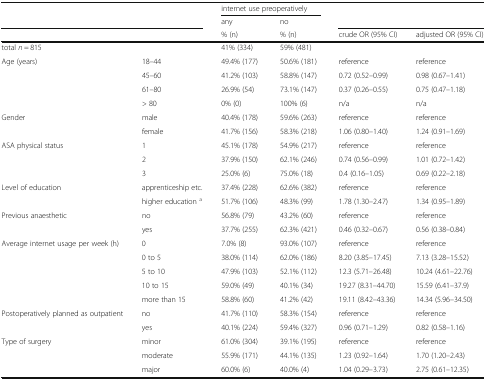
<table><thead><tr><td rowspan="2" colspan="2"></td><td colspan="2"><b>internet use preoperatively</b></td><td rowspan="2" colspan="2"></td></tr><tr><td><b>any</b></td><td><b>no</b></td></tr><tr><td colspan="2"></td><td><b>% (n)</b></td><td><b>% (n)</b></td><td><b>crude OR (95% CI)</b></td><td><b>adjusted OR (95% CI)</b></td></tr></thead><tbody><tr><td>total <i>n</i> = 815</td><td></td><td>41% (334)</td><td>59% (481)</td><td></td><td></td></tr><tr><td rowspan="4">Age (years)</td><td>18–44</td><td>49.4% (177)</td><td>50.6% (181)</td><td>reference</td><td>reference</td></tr><tr><td>45–60</td><td>41.2% (103)</td><td>58.8% (147)</td><td>0.72 (0.52–0.99)</td><td>0.98 (0.67–1.41)</td></tr><tr><td>61–80</td><td>26.9% (54)</td><td>73.1% (147)</td><td>0.37 (0.26–0.55)</td><td>0.75 (0.47–1.18)</td></tr><tr><td>&gt; 80</td><td>0% (0)</td><td>100% (6)</td><td>n/a</td><td>n/a</td></tr><tr><td rowspan="2">Gender</td><td>male</td><td>40.4% (178)</td><td>59.6% (263)</td><td>reference</td><td>reference</td></tr><tr><td>female</td><td>41.7% (156)</td><td>58.3% (218)</td><td>1.06 (0.80–1.40)</td><td>1.24 (0.91–1.69)</td></tr><tr><td rowspan="3">ASA physical status</td><td>1</td><td>45.1% (178)</td><td>54.9% (217)</td><td>reference</td><td>reference</td></tr><tr><td>2</td><td>37.9% (150)</td><td>62.1% (246)</td><td>0.74 (0.56–0.99)</td><td>1.01 (0.72–1.42)</td></tr><tr><td>3</td><td>25.0% (6)</td><td>75.0% (18)</td><td>0.4 (0.16–1.05)</td><td>0.69 (0.22–2.18)</td></tr><tr><td rowspan="2">Level of education</td><td>apprenticeship etc.</td><td>37.4% (228)</td><td>62.6% (382)</td><td>reference</td><td>reference</td></tr><tr><td>higher education <sup>a</sup></td><td>51.7% (106)</td><td>48.3% (99)</td><td>1.78 (1.30–2.47)</td><td>1.34 (0.95–1.89)</td></tr><tr><td rowspan="2">Previous anaesthetic</td><td>no</td><td>56.8% (79)</td><td>43.2% (60)</td><td>reference</td><td>reference</td></tr><tr><td>yes</td><td>37.7% (255)</td><td>62.3% (421)</td><td>0.46 (0.32–0.67)</td><td>0.56 (0.38–0.84)</td></tr><tr><td rowspan="5">Average internet usage per week (h)</td><td>0</td><td>7.0% (8)</td><td>93.0% (107)</td><td>reference</td><td>reference</td></tr><tr><td>0 to 5</td><td>38.0% (114)</td><td>62.0% (186)</td><td>8.20 (3.85–17.45)</td><td>7.13 (3.28–15.52)</td></tr><tr><td>5 to 10</td><td>47.9% (103)</td><td>52.1% (112)</td><td>12.3 (5.71–26.48)</td><td>10.24 (4.61–22.76)</td></tr><tr><td>10 to 15</td><td>59.0% (49)</td><td>40.1% (34)</td><td>19.27 (8.31–44.70)</td><td>15.59 (6.41–37.9)</td></tr><tr><td>more than 15</td><td>58.8% (60)</td><td>41.2% (42)</td><td>19.11 (8.42–43.36)</td><td>14.34 (5.96–34.50)</td></tr><tr><td rowspan="2">Postoperatively planned as outpatient</td><td>no</td><td>41.7% (110)</td><td>58.3% (154)</td><td>reference</td><td>reference</td></tr><tr><td>yes</td><td>40.1% (224)</td><td>59.4% (327)</td><td>0.96 (0.71–1.29)</td><td>0.82 (0.58–1.16)</td></tr><tr><td rowspan="3">Type of surgery</td><td>minor</td><td>61.0% (304)</td><td>39.1% (195)</td><td>reference</td><td>reference</td></tr><tr><td>moderate</td><td>55.9% (171)</td><td>44.1% (135)</td><td>1.23 (0.92–1.64)</td><td>1.70 (1.20–2.43)</td></tr><tr><td>major</td><td>60.0% (6)</td><td>40.0% (4)</td><td>1.04 (0.29–3.73)</td><td>2.75 (0.61–12.35)</td></tr></tbody></table>